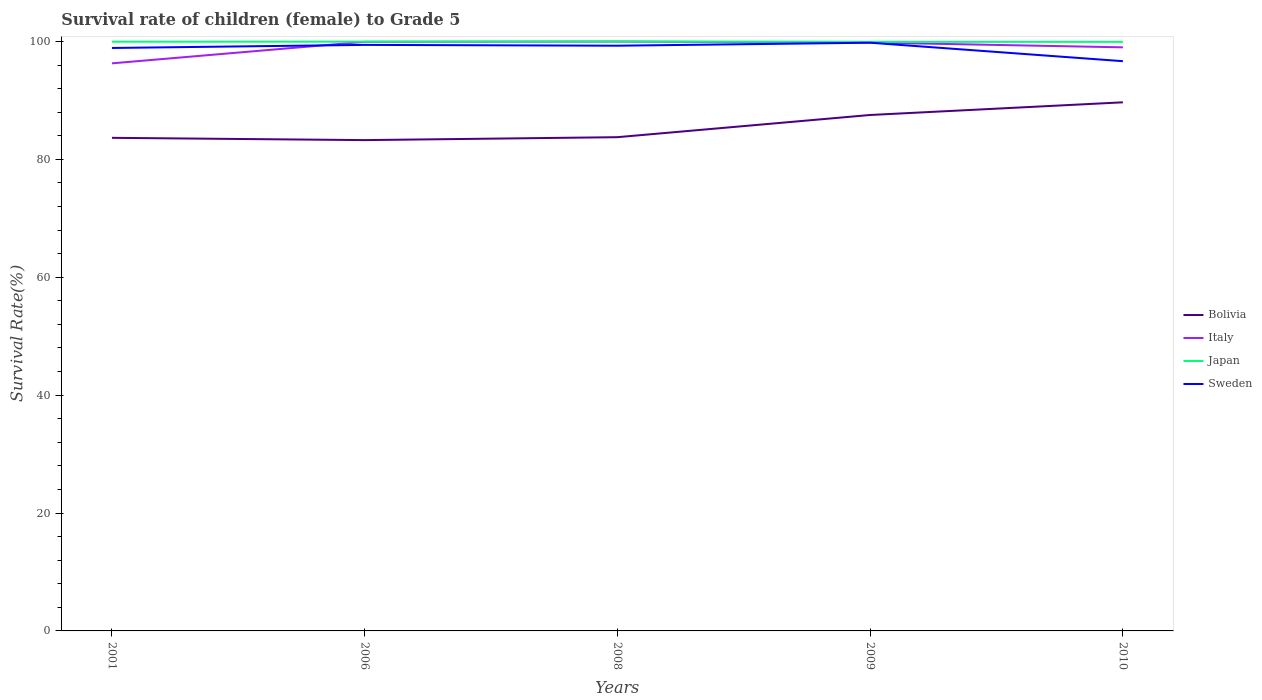
| Years | Bolivia | Italy | Japan | Sweden |
 | --- | --- | --- | --- | --- |
 | 2001 | 83.7 | 96.3 | 100 | 98.9 |
 | 2006 | 83.3 | 99.9 | 100 | 99.4 |
 | 2008 | 83.8 | 100 | 100 | 99.3 |
 | 2009 | 87.5 | 99.8 | 99.9 | 99.8 |
 | 2010 | 89.7 | 99 | 99.9 | 96.7 |